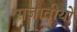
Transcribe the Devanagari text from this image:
सजातीयों